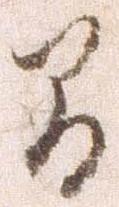
間